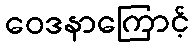
ဝေဒနာကြောင့်